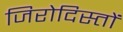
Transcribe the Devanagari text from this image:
जिरोदिस्तों